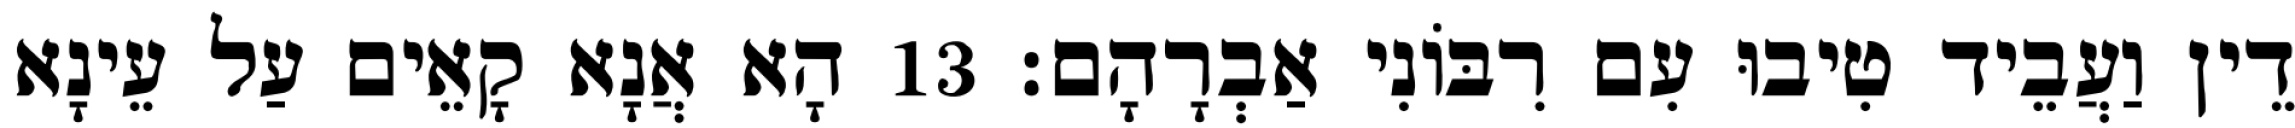
דֵין וַעֲבֵיד טִיבוּ עִם רִבּוֹנִי אַבְרָהָם׃ 13 הָא אֲנָא קָאֵים עַל עֵינָא